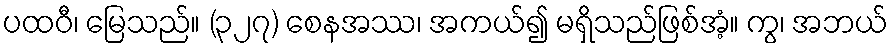
ပထဝီ၊ မြေသည်။ (၃၂၇) စေနအဿ၊ အကယ်၍ မရှိသည်ဖြစ်အံ့။ ကွ၊ အဘယ်